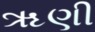
ૠણી